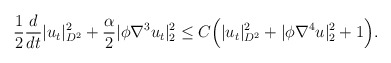
\begin{align*}&\frac{1}{2} \frac{d}{dt}|u_t|^2_{D^2}+\frac{\alpha}{2} |\phi \nabla^3 u_t|^2_2 \leq C\Big(| u_t|^2_{D^2}+|\phi \nabla^4 u|^2_2+1\Big).\end{align*}